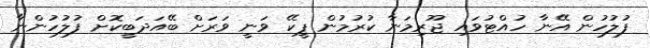
ފުލުހުން އޭނާ ހުއްޓުވައި ޖޫރިމަނާ ކުރުމުން ޕީކޭ ވަނީ ވަރަށް ބޭއަދަބީކޮށް ފުލުހުންނާ